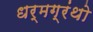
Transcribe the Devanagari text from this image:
धर्मग्रंथो